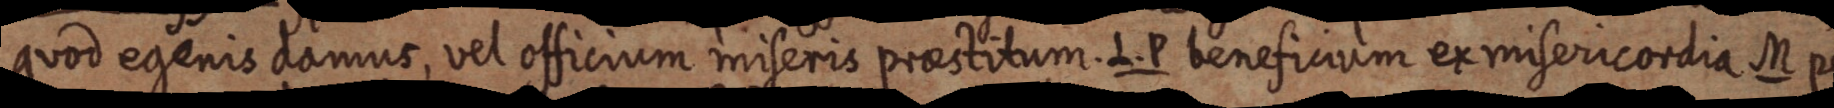
quod egenis domus, vel officium miseris praestitum. L. P beneficium ex misericordia M pec